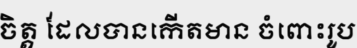
ចិត្ត ដែលបានកើតមាន ចំពោះរូប